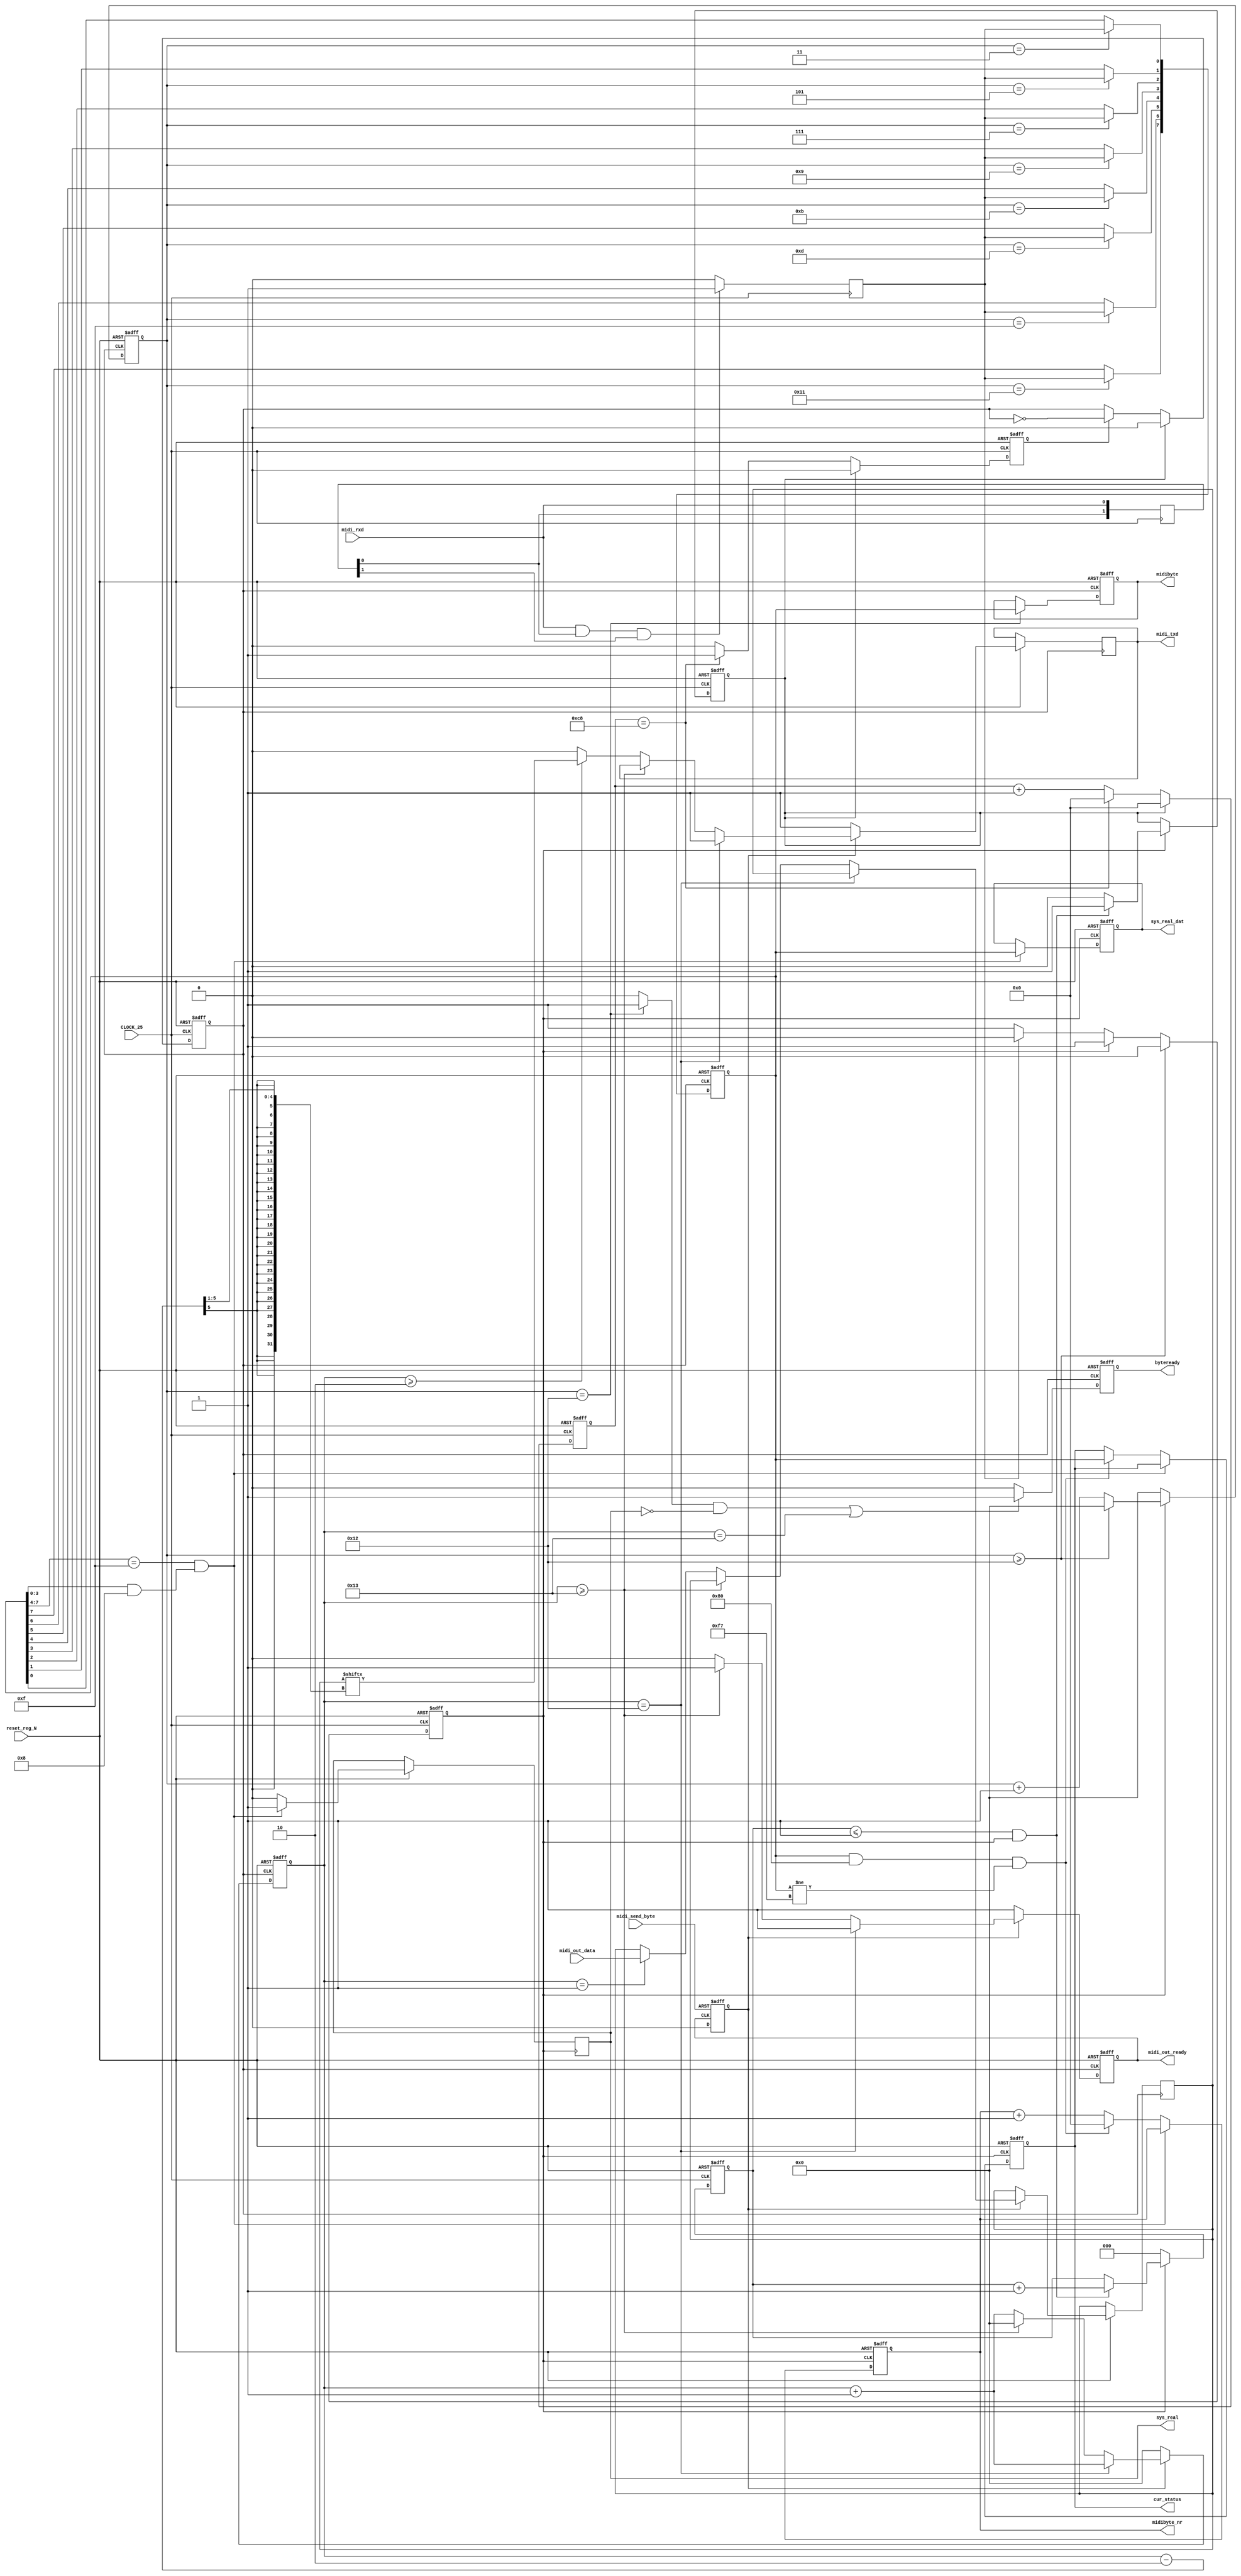
module MIDI_UART(
	input					reset_reg_N,
	input					CLOCK_25,
// receiver
	input					midi_rxd,
	output	reg		byteready,
	output	reg		sys_real,
	output	reg[7:0]	sys_real_dat,
	output	reg[7:0]	cur_status,
	output	reg[7:0]	midibyte_nr,
	output	reg[7:0]	midibyte,
// Transmitter
	output	reg		midi_out_ready,
	input					midi_send_byte,
	input		[7:0]		midi_out_data,
	output	reg		midi_txd
);
    reg midi_dat;
	reg [1:0]md;
	wire md_ok = (midi_rxd && md[0] && md[1]) ? 1'b1 : 1'b0;
	
 // -------------- Midi receiver  ------------- //
    always @(posedge CLOCK_25)begin
        md[0] <= midi_rxd;
		md[1] <= md[0];
		midi_dat <= md_ok;
   end 
	
 // comment out for debug
    reg startbit_d;
    reg [4:0]revcnt;
    reg [7:0] counter;
    reg midi_clk;
    reg reset_mod_cnt;

//// Clock gen ////

    reg carry;
	reg [2:0]reset_cnt;
    reg [7:0]samplebyte, out_buff;
	
	reg [4:0] out_cnt;
	
	reg transmit;
    wire byte_end = (revcnt[4:0]==18)? 1'b1 : 1'b0;

    always @(negedge reset_reg_N or posedge CLOCK_25)begin //! divide clock by 200
        if(!reset_reg_N)begin counter <= 8'h00; carry <=1'b0; end
        else if (CLOCK_25)
            if(reset_mod_cnt)begin carry <= 1'b0; counter <= 8'h00;end
            else if(counter == 8'd200)begin carry <= 1'b1; counter <= 8'h00;end
            else begin counter <= counter + 8'h1;carry <= 1'b0;end
    end
    always @(negedge reset_reg_N or posedge CLOCK_25)begin//! divide by 2 more so we get 62500 hz midi clock
        if(!reset_reg_N) midi_clk <= 1'b0;
        else if (reset_mod_cnt) midi_clk <= 1'b0;
        else if(carry)midi_clk <= ~(midi_clk);
    end


always @(posedge CLOCK_25 or negedge reset_reg_N)begin
    if (!reset_reg_N)begin startbit_d <= 0;end
    else begin
        if(revcnt>=18) startbit_d <= 0;
        else if (!startbit_d)begin
            if(midi_dat) startbit_d <= 0;
            else startbit_d <= 1;
        end
    end
end

// Clk gen reset circuit /////
always @(negedge CLOCK_25 or negedge reset_reg_N)begin
    if(!reset_reg_N)begin reset_cnt <= 0;reset_mod_cnt <= 0;end
    else begin
        if (!startbit_d)
            reset_cnt <= 0;
        else if(reset_cnt <= 1 && startbit_d)begin
            reset_cnt <= reset_cnt+1'b1;
            reset_mod_cnt <= 1;
        end
        else reset_mod_cnt <= 0;
    end
end

///// sequence generator /////

    always @(posedge midi_clk or negedge reset_reg_N)begin
        if(!reset_reg_N) revcnt <= 0;
        else begin
            if (!startbit_d) revcnt <= 0;
            else if (revcnt >= 18) revcnt <= 0;
            else revcnt <= revcnt+1'b1;
        end
    end

// Serial data in

    always @(negedge midi_clk or negedge reset_reg_N) begin
        if(!reset_reg_N)begin samplebyte <= 0; midibyte <= 0;end
        else begin
            case (revcnt[4:0])
            5'd3:samplebyte[0] <= midi_dat;
            5'd5:samplebyte[1] <= midi_dat;
            5'd7:samplebyte[2] <= midi_dat;
            5'd9:samplebyte[3] <= midi_dat;
            5'd11:samplebyte[4] <= midi_dat;
            5'd13:samplebyte[5] <= midi_dat;
            5'd15:samplebyte[6] <= midi_dat;
            5'd17:samplebyte[7] <= midi_dat;
            5'd18:midibyte <= samplebyte;
            default:;
            endcase
        end
    end

    always @(negedge midi_clk or negedge reset_reg_N) begin
        if(!reset_reg_N) byteready <= 0;
        else begin
            if ( (byte_end && (sys_real == 1'b0)) || out_cnt == 19) byteready <= 1;
            else byteready <= 0;
        end
    end

// DataByte counter -- Status byte logger //
    always @(negedge startbit_d or negedge reset_reg_N)begin
        if(!reset_reg_N)begin midibyte_nr <= 0; cur_status <= 0;sys_real_dat <= 0;end
        else begin
            if(samplebyte[7:4] == 4'hf && samplebyte[3:0] & 4'h8)begin
                sys_real_dat <= samplebyte;
                sys_real <= 1'b1;
            end
            else begin
                sys_real <= 1'b0;
                if((samplebyte & 8'h80) && (samplebyte != 8'hf7))begin
                    midibyte_nr <= 0;
                    cur_status <= samplebyte;
                end
                else midibyte_nr <= midibyte_nr+1'b1;
            end
        end
    end
	
// -------------- Midi transmitter ----------- //
	always @(posedge midi_send_byte or posedge midi_out_ready) begin
		if(midi_send_byte)begin
			transmit <= 1'b1;
		end
		else if (midi_out_ready) transmit <= 1'b0;
	end
	
    always @(posedge midi_clk or negedge reset_reg_N)begin
        if(!reset_reg_N) begin out_cnt <= 0; midi_out_ready <= 1'b1; end
        else begin
            if (!transmit) begin out_cnt <= 0; midi_out_ready <= 1'b1;  midi_txd <= 1'b1; end
            else if (out_cnt == 18)begin out_cnt <= out_cnt + 1'b1; midi_out_ready <= 1'b1; midi_txd <= 1'b1; end
            else if (out_cnt >= 19)begin out_cnt <= 0; midi_out_ready <= 1'b1; end
            else begin
				midi_out_ready <= 1'b0;
				out_cnt <=out_cnt+1'b1;
				if (out_cnt == 1)begin out_buff <= midi_out_data; end
				if (out_cnt >= 2) midi_txd <= out_buff[((out_cnt - 2) >> 1)];
				else midi_txd <= 1'b0;
			end
        end
    end
	
endmodule